Vaccination United Provinces of Agra and Oudh 1902-1913 - 1902-1913
Year: 1902
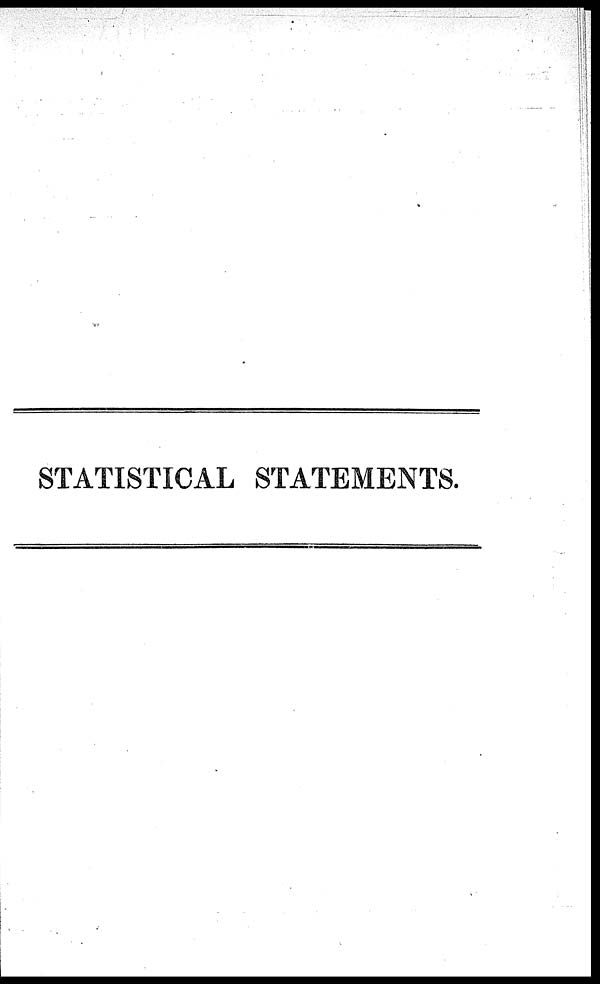
STATISTICAL STATEMENTS.